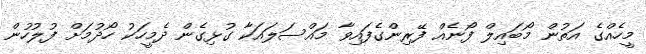
މީހެއްގެ އަތުން މޯބައިލް ފޯނެއް ފޭރިންގެފައިވާ މައްސަލައަކާ ގުޅިގެން ދެމީހަކު ހޯދުމަށް ފުލުހުން